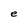
Character: e